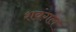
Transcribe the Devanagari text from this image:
शवंगल